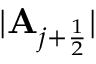
| { \mathbf { A } _ { j + \frac { 1 } { 2 } } } |